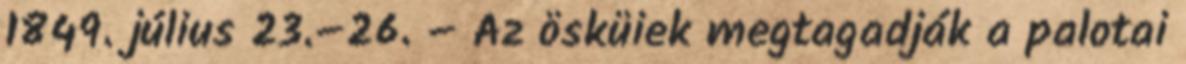
1849. július 23.–26. – Az ösküiek megtagadják a palotai